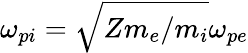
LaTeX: \omega_{pi}=\sqrt{Zm_{e}/m_{i}}\omega_{pe}